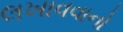
લખાવવાનો